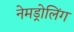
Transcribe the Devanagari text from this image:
नेमड्रोलिंग